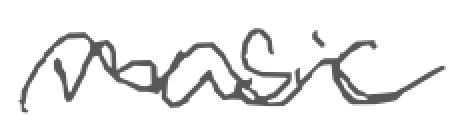
Text: music
Cross-out: mix
Writing tool: digital_gray